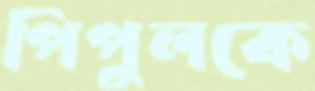
পিপুলকে